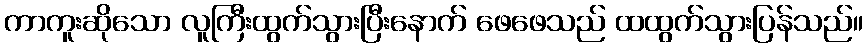
ကာကူးဆိုသော လူကြီးထွက်သွားပြီးနောက် ဖေဖေသည် ထထွက်သွားပြန်သည်။